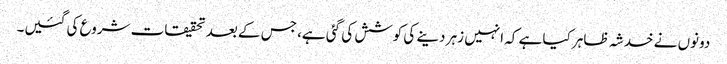
دونوں نے خدشہ ظاہر کیا ہے کہ انہیں زہر دینے کی کوشش کی گئی ہے، جس کے بعد تحقیقات شروع کی گئیں۔